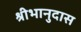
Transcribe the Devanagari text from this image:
श्रीभानुदास